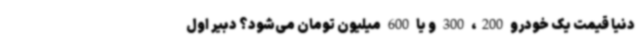
دنیا قیمت یک خودرو 200، 300 و یا 600 میلیون تومان می‌شود؟ دبیر اول